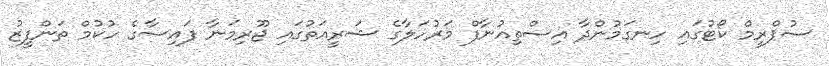
ސުޕްރީމް ކޯޓުގައި ހިނގަމުންދާ އިސްތިއުނާފް މަރުހަލާގެ ޝަރީއަތުގައި ޖޫރިމަނާ ފައިސާގެ ހުކުމް ތަންފީޒު